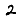
Digit: 2